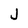
Character: j